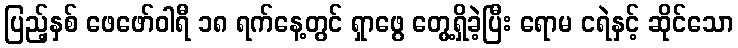
ပြည့်နှစ် ဖေဖော်ဝါရီ ၁၈ ရက်နေ့တွင် ရှာဖွေ တွေ့ရှိခဲ့ပြီး ရောမ ငရဲနှင့် ဆိုင်သော